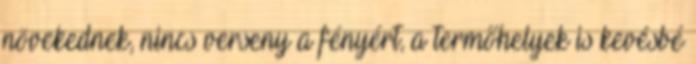
növekednek, nincs verseny a fényért, a termőhelyek is kevésbé